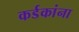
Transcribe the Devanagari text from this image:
कर्डकांना